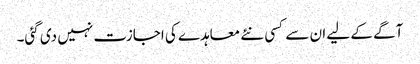
آگے کے لیے ان سے کسی نئے معاہدے کی اجازت نہیں دی گئی۔